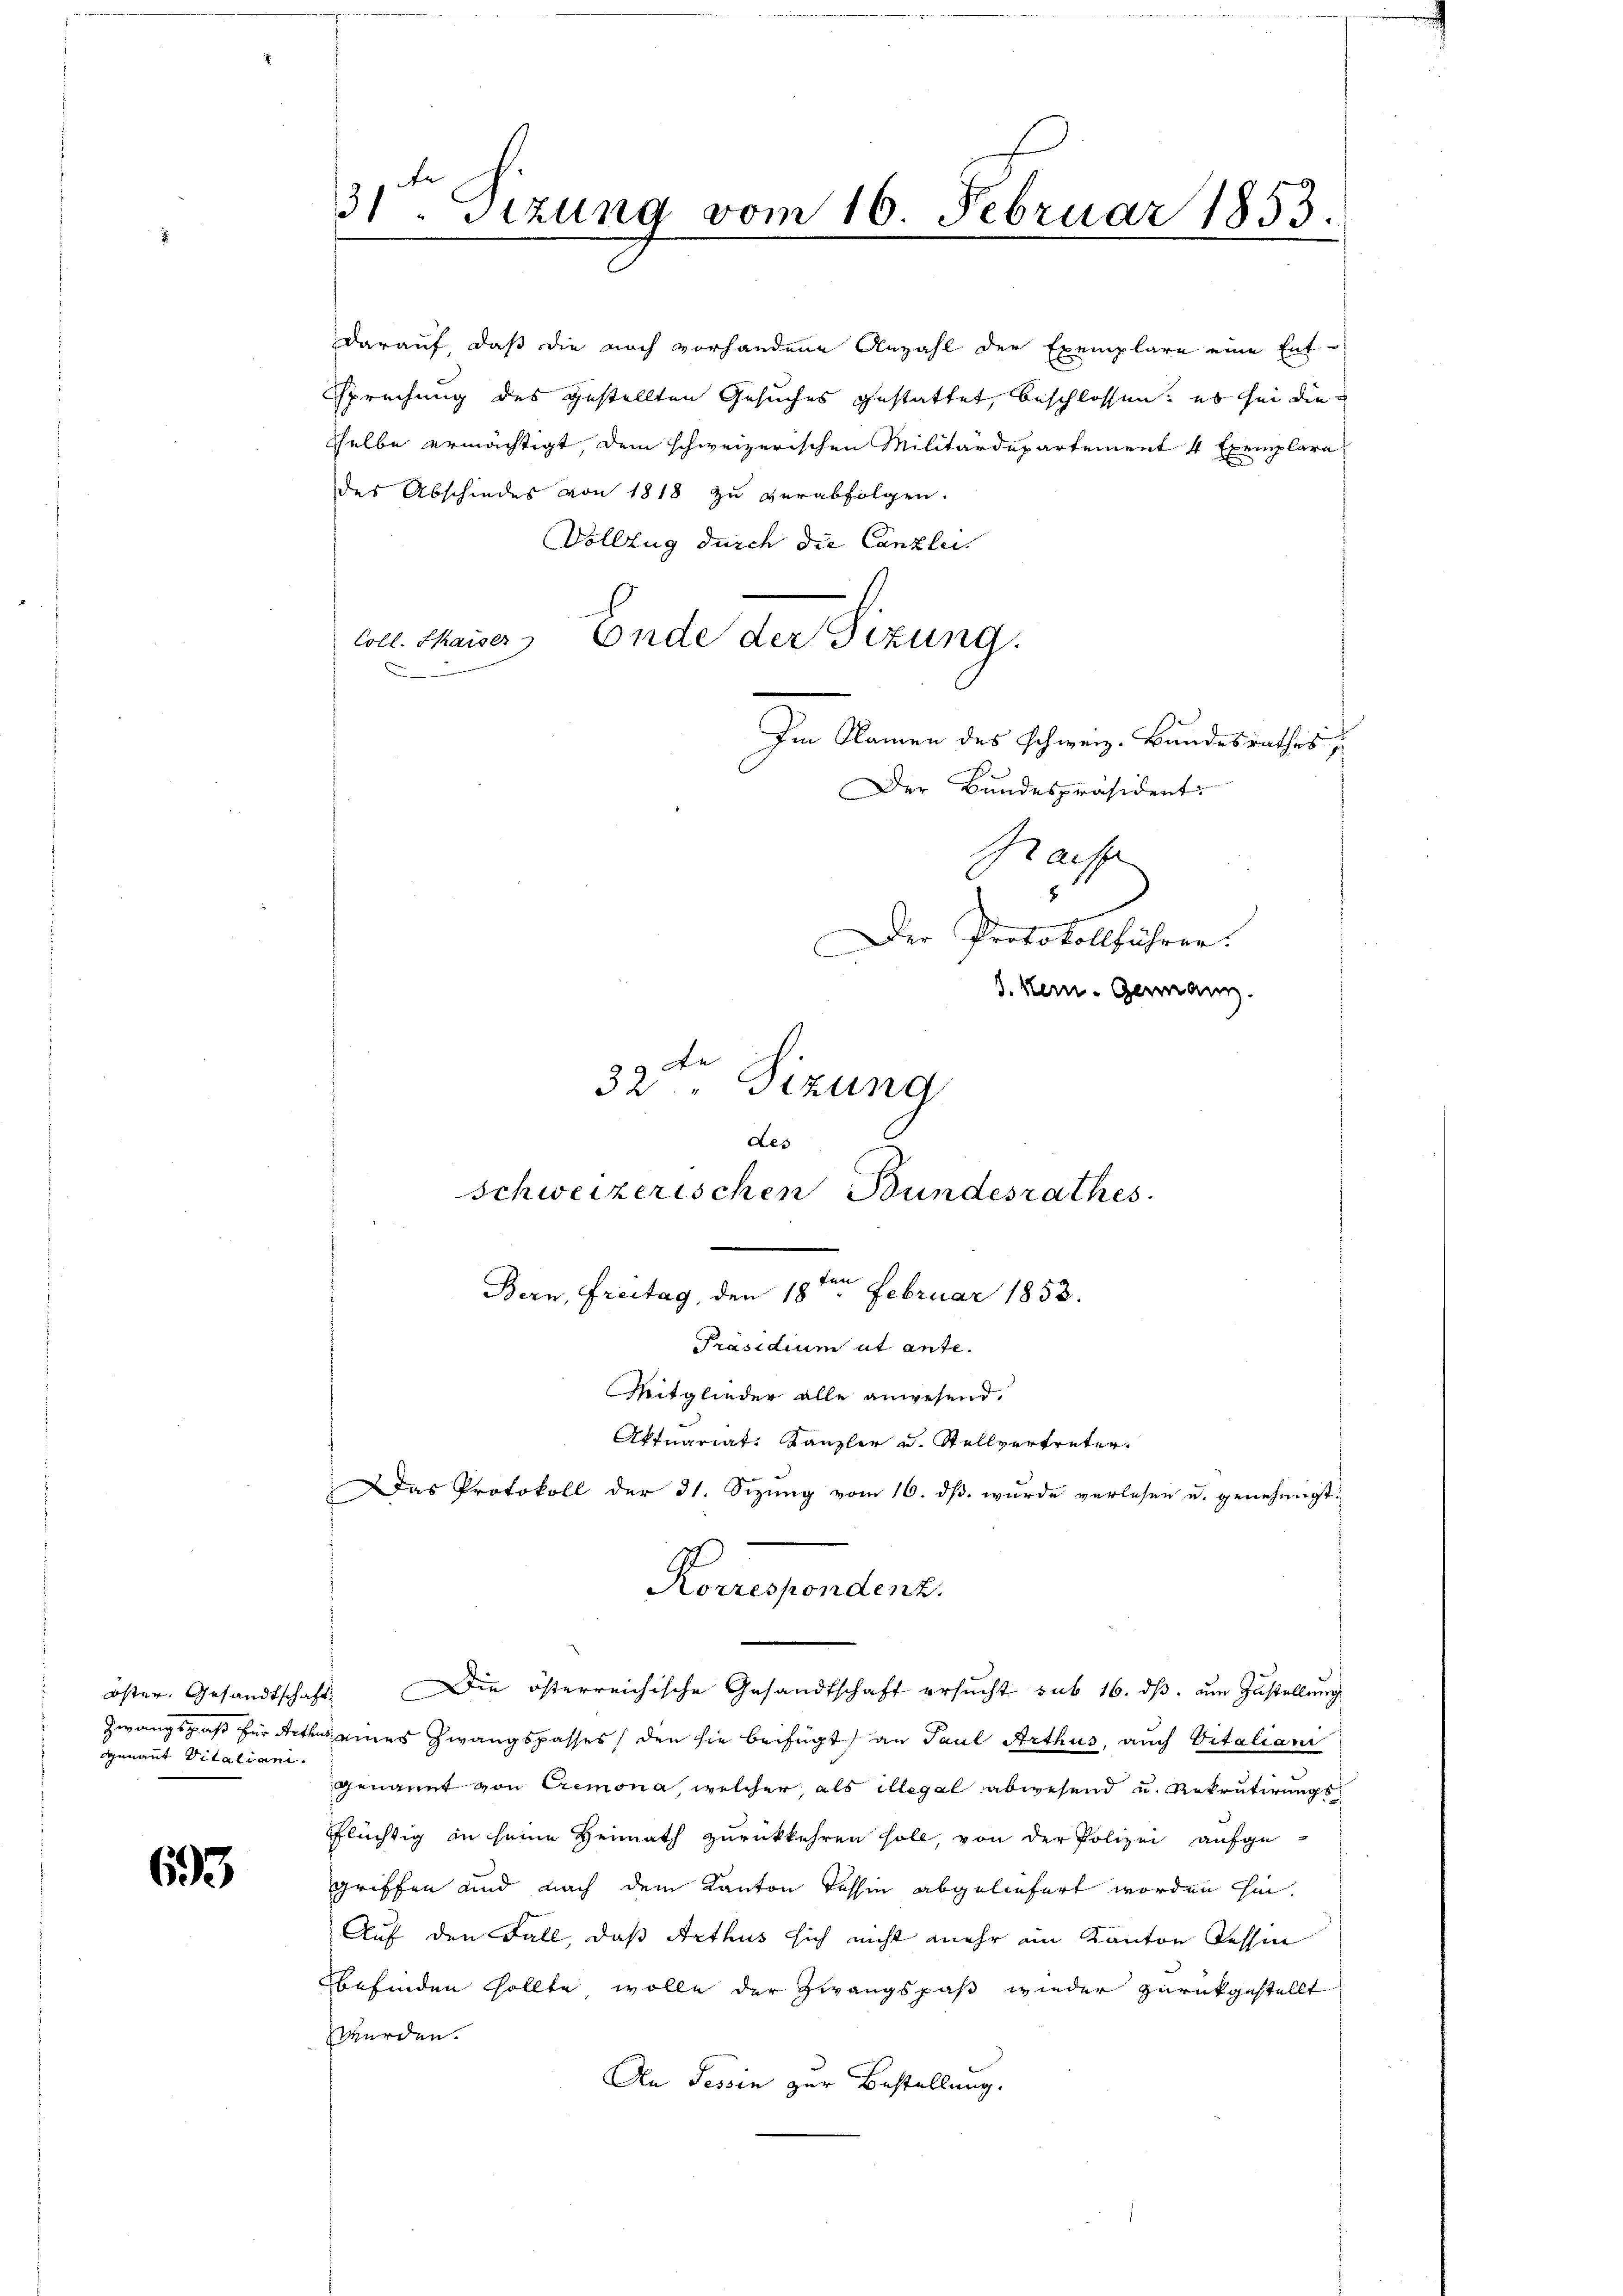
öster, Gesandtschaf
Zwangspaß für Stetten
genant Vitaliani.

693

31. Sezung vom 16. Februar 1853.
e

des Abschiedes von 1818 zu verabfolgen.
Vollzug durch die Canzlei
Coll. Chaiser, Ende der Sitzung.
Im Namen des schweiz. Bundesrathes
Der Bundespräsident
Kaise
8
Der Protokollführer.

darauf, daß die noch vorhandene Anzahl der Exemplare eine Ent-
Sprechung des gestellten Gesuches gestattet, beschlossen, es sei diesselbe ermächtigt, dem schweizerischen Militärdepartement 4 Exemplare

d. Kein - Genann
32ten Sizung

des
Schweizerischen Bundesrathes
Bern, Freitag, den 18te͇n Februar 1853.
Präsidium ut ante.
Mitglieder alle anwesend
Aktuariat Kanzler u. Stellvertreter
Das Protokoll der 31. Sizung vom 16. dß wurde verlesen u. genehmigt.
Korrespondenz.

Die österreichische Gesandtschaft ersucht sub 16. ds. um Zustellung
seiner Zwangspasses den sie beifügt an Paul Arthus, auch Vitaliani
genannt von Cremona, welcher, als illegal abwesend und Rekrutirungs
flüchtig in seine Heimath zurückkehren soll, von der Polizei aufge-
griffen und nach dem Kanton Tessin abgeliefert worden hin¬
Auf den Fall, daß Arthus sich nicht mehr im Kanton Tessin
bbefinden sollte wolle der Zwangspaß wieder zurückgestellt
werden.
An Tessin zur Bestellung.